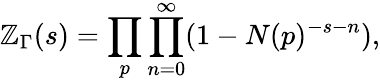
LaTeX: \mathbb{Z}_{\Gamma}(s)=\prod_{p}\prod_{n=0}^{\infty}(1-N(p)^{-s-n}),